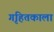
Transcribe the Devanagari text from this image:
गृहितकाला